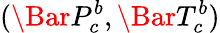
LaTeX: (\Bar{P}_{c}^{b},\Bar{T}_{c}^{b})